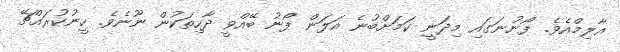
އާލިމްއެވެ. ފޯނުނަގައި މިދަނީ ކަމަށްބުނެ އަލަން ފޯނު ބޭއްވީ ދާހިތަކުން ނޫނެވެ. ހީނުކުރައްޗޭ